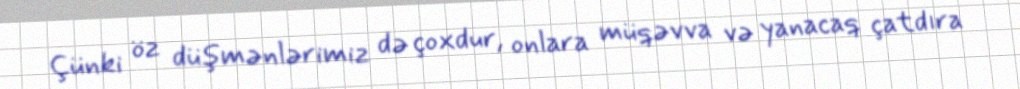
Çünki öz düşmənlərimiz də çoxdur, onlara müqəvva və yanacaq çatdıra